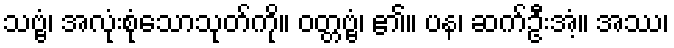
သဗ္ဗံ၊ အလုံးစုံသောသုတ်ကို။ ဝတ္တဗ္ဗံ၊ ၏။ ပန၊ ဆက်ဦးအံ့။ အဿ၊